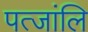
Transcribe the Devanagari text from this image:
पत्जांलि